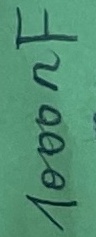
Text: 1000nF